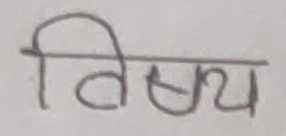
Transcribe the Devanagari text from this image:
विषय